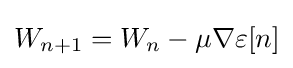
W_{n+1}=W_{n}-\mu \nabla \varepsilon [n]